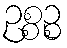
ဥစ္စဉ္စ